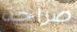
صراحة